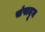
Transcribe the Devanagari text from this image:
संपादून